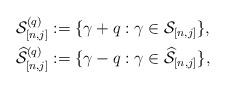
LaTeX: \begin{align*}\mathcal{S}^{(q)}_{[n,j]} & :=\{\gamma+q: \gamma\in\mathcal{S}_{[n,j]}\},\\\widehat{\mathcal{S}}^{(q)}_{[n,j]} & :=\{\gamma-q: \gamma\in\widehat{\mathcal{S}}_{[n,j]}\},\end{align*}